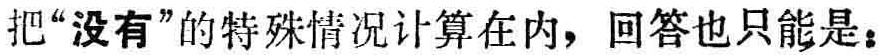
把“没有”的特殊情况计算在内，回答也只能是：